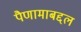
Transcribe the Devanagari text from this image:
पैणामाबद्दल